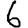
Digit: 6